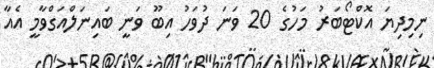
ނިމިދިޔަ އޮކްޓޯބަރު މަހުގެ 20 ވަނަ ދުވަހު އިބޫ ވަނީ ބައިނަލްއަގްވާމީ އެއާ